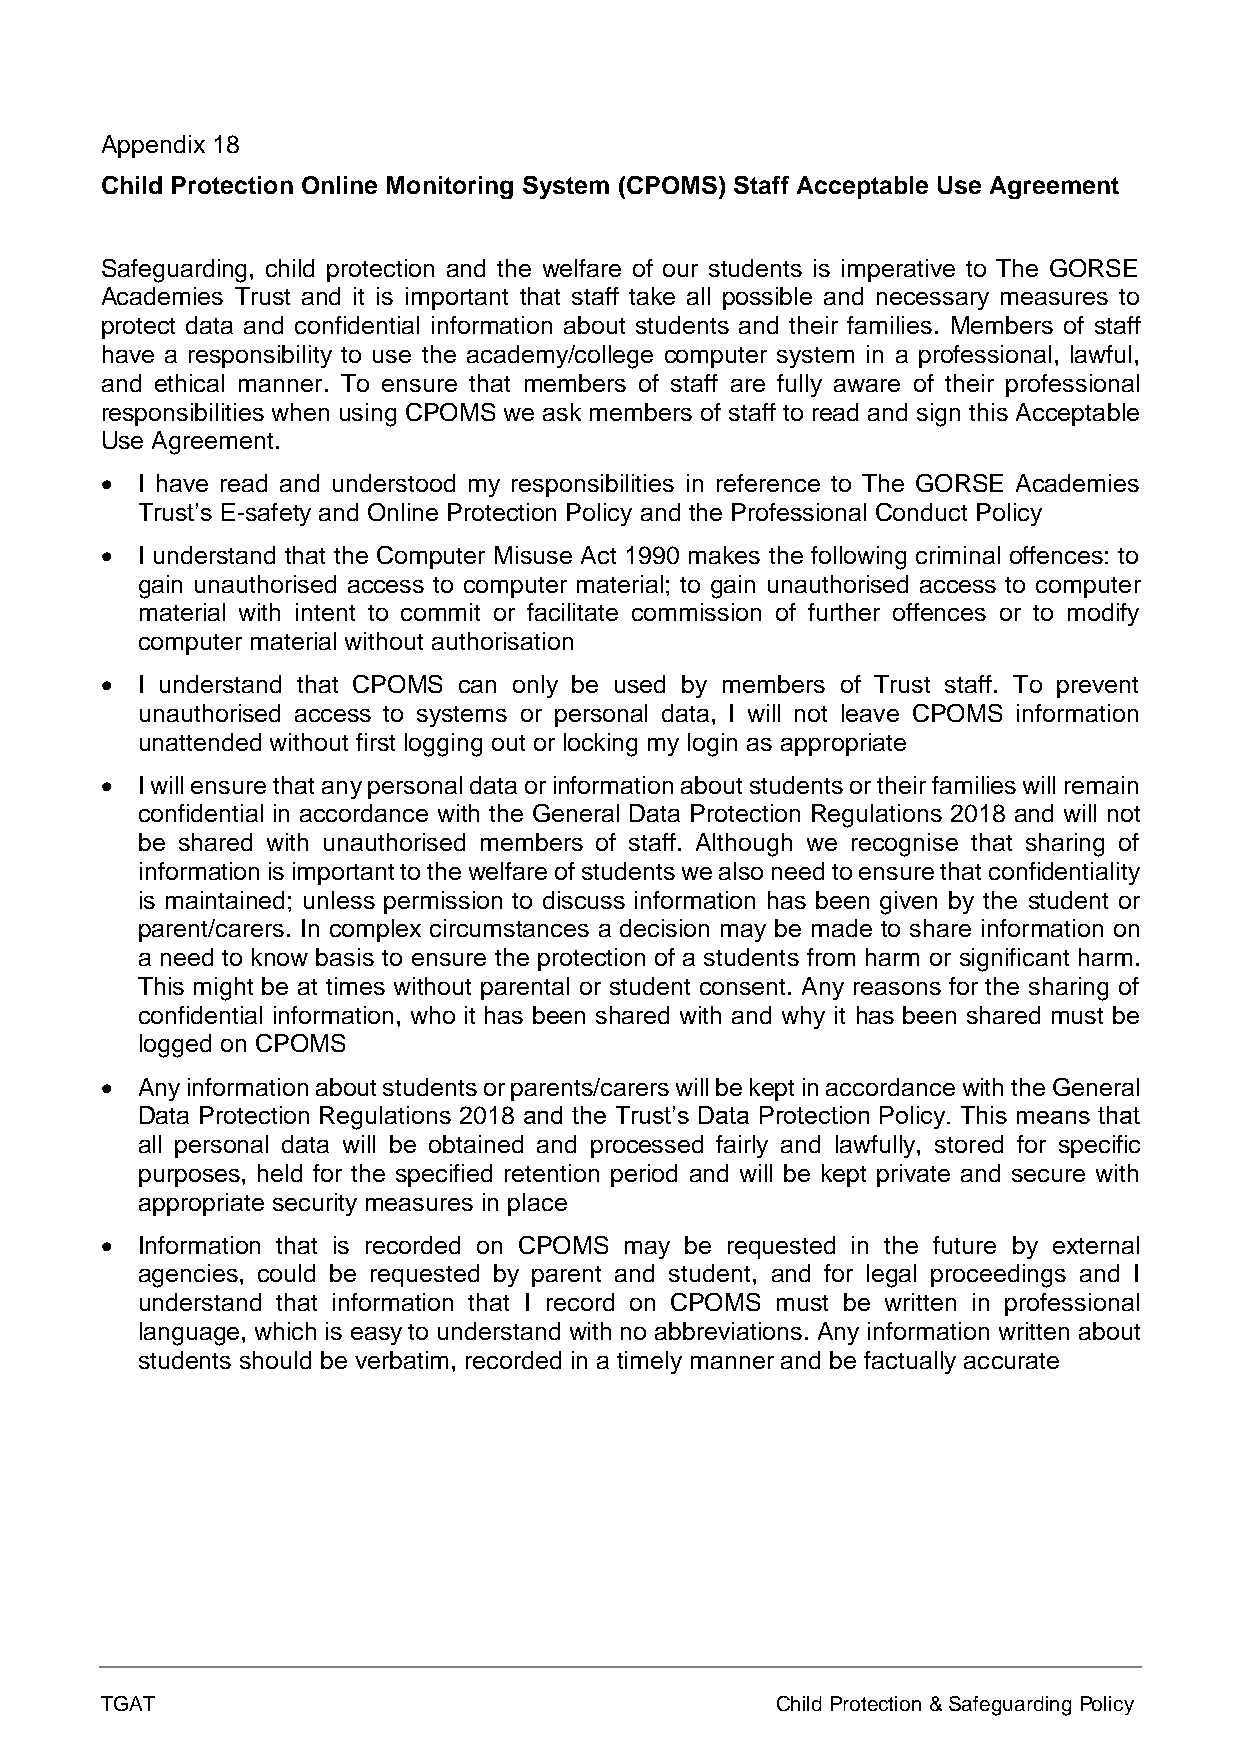
Appendix 18
 Child Protection Online Monitoring System (CPOMS) Staff Acceptable Use Agreement
 Safeguarding, child protection and the welfare of our students is imperative to The GORSE
 Academies Trust and it is important that staff take all possible and necessary measures to
 protect data and confidential information about students and their families. Members of staff
 have a responsibility to use the academy/college computer system in a professional, lawful,
 and ethical manner. To ensure that members of staff are fully aware of their professional
 responsibilities when using CPOMS we ask members of staff to read and sign this Acceptable
 Use Agreement.
 • I have read and understood my responsibilities in reference to The GORSE Academies
 Trust’s E-safety and Online Protection Policy and the Professional Conduct Policy
 • I understand that the Computer Misuse Act 1990 makes the following criminal offences: to
 gain unauthorised access to computer material; to gain unauthorised access to computer
 material with intent to commit or facilitate commission of further offences or to modify
 computer material without authorisation
 • I understand that CPOMS can only be used by members of Trust staff. To prevent
 unauthorised access to systems or personal data, I will not leave CPOMS information
 unattended without first logging out or locking my login as appropriate
 • I will ensure that any personal data or information about students or their families will remain
 confidential in accordance with the General Data Protection Regulations 2018 and will not
 be shared with unauthorised members of staff. Although we recognise that sharing of
 information is important to the welfare of students we also need to ensure that confidentiality
 is maintained; unless permission to discuss information has been given by the student or
 parent/carers. In complex circumstances a decision may be made to share information on
 a need to know basis to ensure the protection of a students from harm or significant harm.
 This might be at times without parental or student consent. Any reasons for the sharing of
 confidential information, who it has been shared with and why it has been shared must be
 logged on CPOMS
 • Any information about students or parents/carers will be kept in accordance with the General
 Data Protection Regulations 2018 and the Trust’s Data Protection Policy. This means that
 all personal data will be obtained and processed fairly and lawfully, stored for specific
 purposes, held for the specified retention period and will be kept private and secure with
 appropriate security measures in place
 • Information that is recorded on CPOMS may be requested in the future by external
 agencies, could be requested by parent and student, and for legal proceedings and I
 understand that information that I record on CPOMS must be written in professional
 language, which is easy to understand with no abbreviations. Any information written about
 students should be verbatim, recorded in a timely manner and be factually accurate
 TGAT                                        Child Protection & Safeguarding Policy